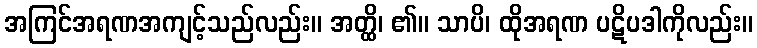
အကြင်အရဏအကျင့်သည်လည်း။ အတ္ထိ၊ ၏။ သာပိ၊ ထိုအရဏ ပဋိပဒါကိုလည်း။